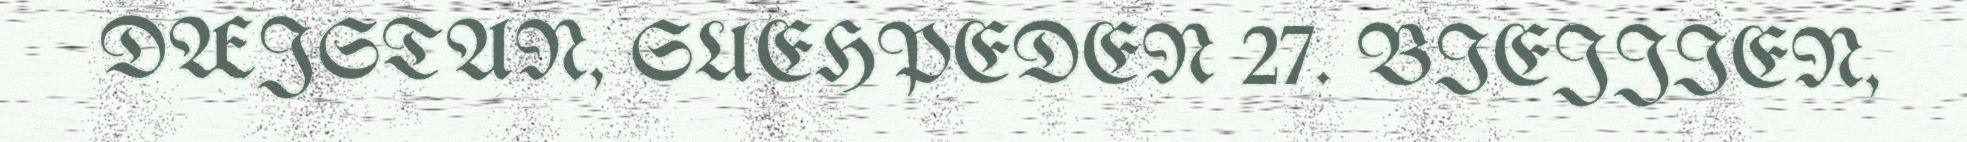
DÆJSTAN, SUEHPEDEN 27. BIEJJIEN,